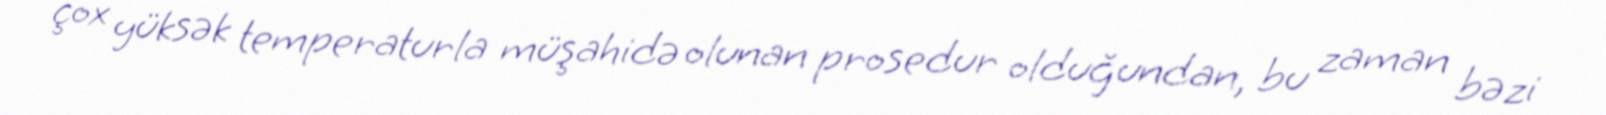
çox yüksək temperaturla müşahidə olunan prosedur olduğundan, bu zaman bəzi